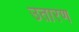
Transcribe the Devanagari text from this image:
उतारण